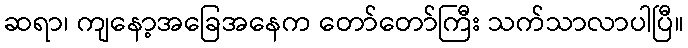
ဆရာ၊ ကျနော့အခြေအနေက တော်တော်ကြီး သက်သာလာပါပြီ။